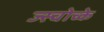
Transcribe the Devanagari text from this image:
ज्स्चोच्के